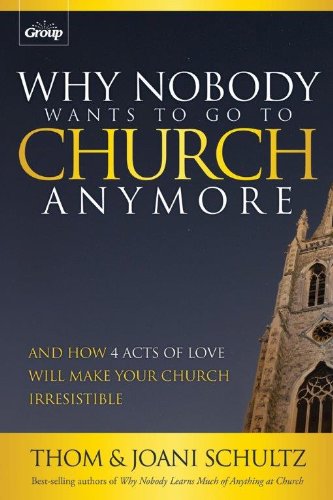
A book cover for Why Nobody Wants to Go to Church Anymore: And How 4 Acts of Love Will Make Your Church Irresistible; Thom Schultz; Christian Books & Bibles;